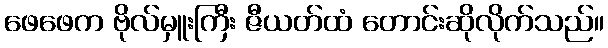
ဖေဖေက ဗိုလ်မှူးကြီး ဇီယတ်ထံ တောင်းဆိုလိုက်သည်။